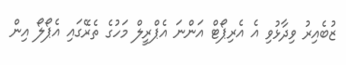
ޒުބެއިރު ވިދާޅުވި އެ އެރިޕޯޓް އަންނަ އެޕްރީލް މަހުގެ ތެރޭގައި އެޕޯލޯ އިން